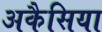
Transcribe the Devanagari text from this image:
अकैसिया